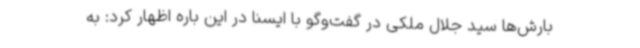
بارش‌ها سید جلال ملکی در گفت‌وگو با ایسنا در این باره اظهار کرد: به